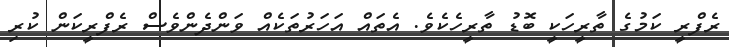
ރެފްރީ ކަމުގެ ތާރީހަކީ ބޮޑު ތާރީހެކެވެ. އެތައް އަހަރުތަކެއް ވަންދެންވެސް ރެފްރީކަން ކުރި